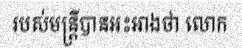
របស់មន្ត្រីបានអះអាងថា លោក